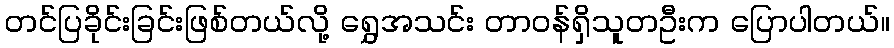
တင်ပြခိုင်းခြင်းဖြစ်တယ်လို့ ရွှေအသင်း တာဝန်ရှိသူတဦးက ပြောပါတယ်။